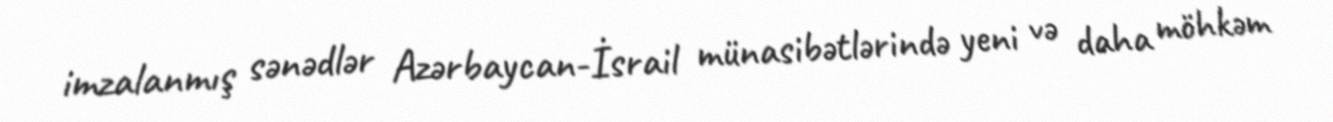
imzalanmış sənədlər Azərbaycan-İsrail münasibətlərində yeni və daha möhkəm